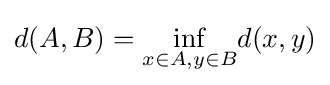
d(A,B)={\underset {x\in A,y\in B}{\inf }}d(x,y)